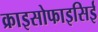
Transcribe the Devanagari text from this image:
क्राइसोफाइसिई